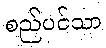
စည်ပင်သာ